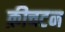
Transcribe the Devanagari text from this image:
क्रीचटन